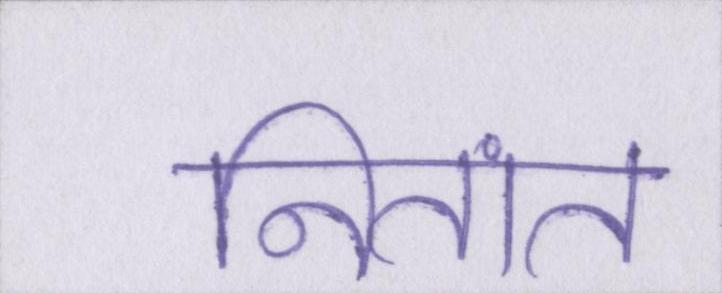
नितांत